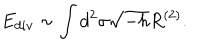
E _ { d i v } \sim \int d ^ { 2 } \sigma \sqrt { - h } R ^ { ( 2 ) } .